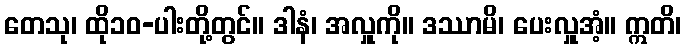
တေသု၊ ထို၁၀-ပါးတို့တွင်။ ဒါနံ၊ အလှူကို။ ဒဿာမိ၊ ပေးလှူအံ့။ ဣတိ၊